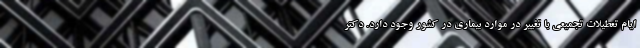
ایام تعطیلات تجمیعی با تغییر در موارد بیماری در کشور وجود دارد. دکتر